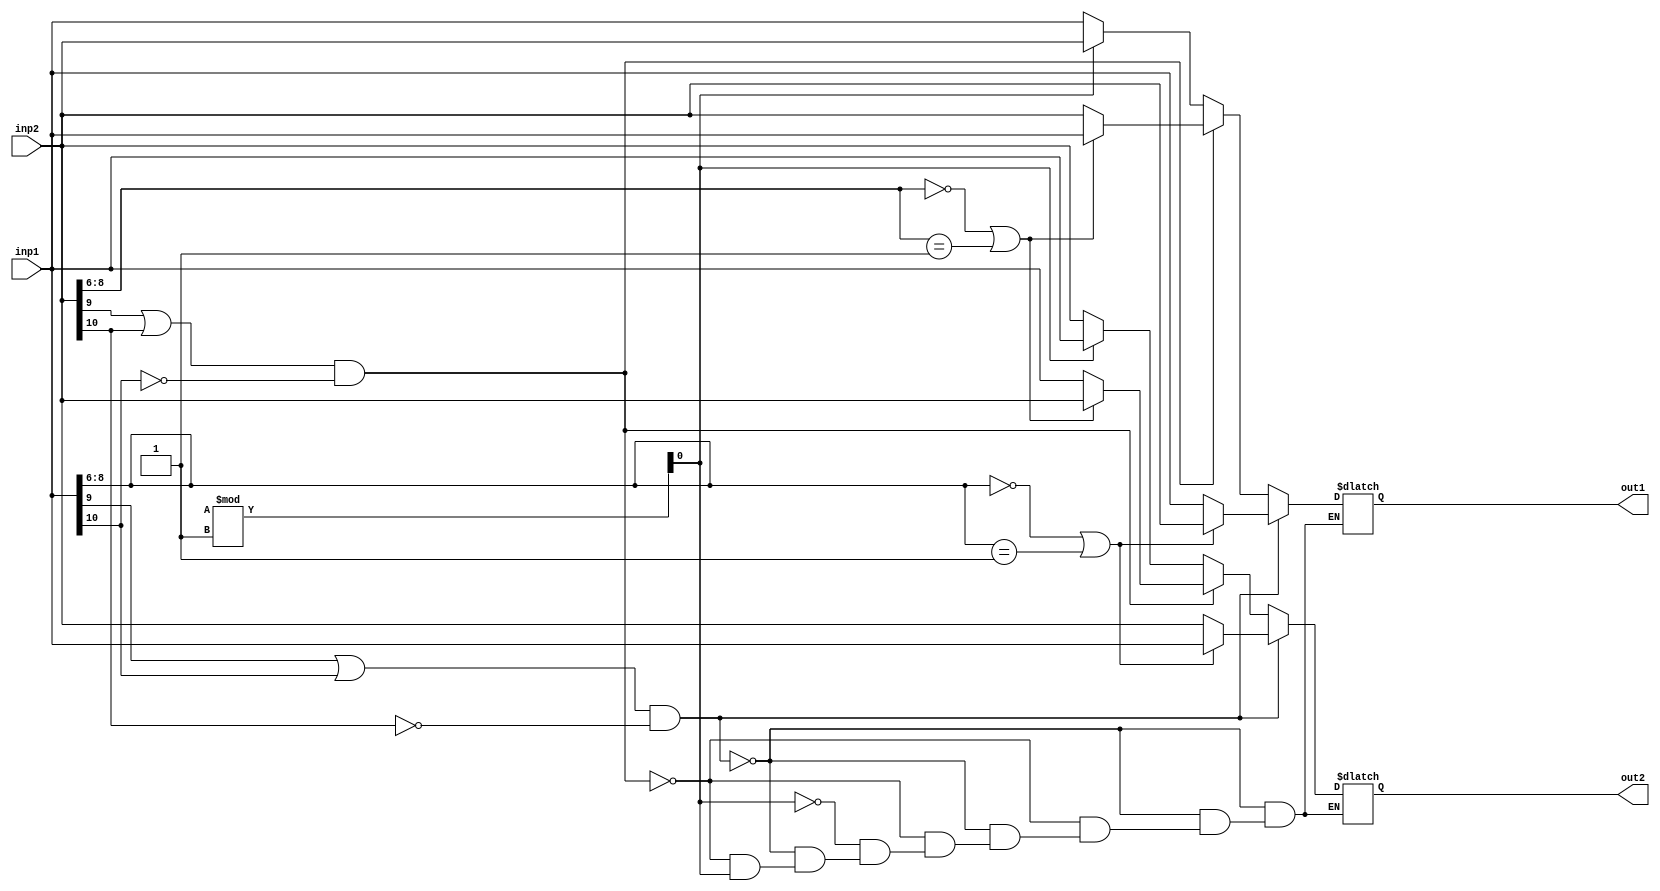
module twoarb(
inp1,
inp2,
out1,
out2
);

input [10:0] inp1;
input [10:0] inp2;
output [10:0] out1;
output [10:0] out2;

wire [10:0] inp1;
wire [10:0] inp2;
reg [10:0] out1;
reg [10:0] out2;

reg R;


always @ (inp2) begin
	if ( (inp1[9] == 1'b1 || inp1[10] == 1'b1) && inp2[10] != 1'b1 ) begin
		if (inp1[8:6] == 3'b000 || inp1[8:6] == 3'b001) begin 
			out2[10:0] = inp1[10:0];
			out1[10:0] = inp2[10:0];
		end else begin  
		        out1[10:0] = inp1[10:0];
			out2[10:0] = inp2[10:0];
	        end      
	end else if ( (inp2[9] == 1'b1 || inp2[10] == 1'b1) && inp1[10] != 1'b1 ) begin 
	        if (inp2[8:6] == 3'b000 || inp2[8:6] == 3'b001) begin 
			out1[10:0] = inp1[10:0];
		        out2[10:0] = inp2[10:0];
	        end else begin 
	           	out1[10:0] = inp2[10:0];
	         	out2[10:0] = inp1[10:0];
	        end
	end else begin
		R = $random %1;
		if ( R == 0) begin
			out1 = inp1;
			out2 = inp2;
		end
		if ( R == 1) begin
			out1 = inp2;
			out2 = inp1;
		end
	end
 	/*end else if (inp1[8:6] == 3'b000 || inp1[8:6] == 3'b001 ) begin 
                  	  out1[9:0] = inp2[9:0];
	  	 	  out2[9:0] = inp1[9:0];
    	  end else begin 
	         	  out1[9:0] = inp1[9:0];
	         	  out2[9:0] = inp2[9:0];
	  end*/
end
endmodule